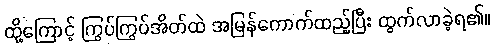
ထို့ကြောင့် ကြွပ်ကြွပ်အိတ်ထဲ အမြန်ကောက်ထည့်ပြီး ထွက်လာခဲ့ရ၏။